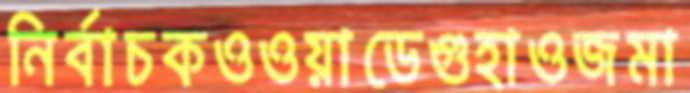
নির্বাচকওওয়াডেগুহাওজমা